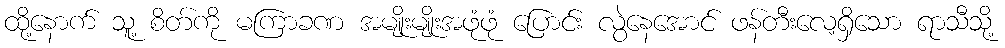
ထို့နောက် သူ့ စိတ်ကို မကြာခဏ အမျိုးမျိုးအဖုံဖုံ ပြောင်း လွဲနေအောင် ဖန်တီးလေ့ရှိသော ရာသီသို့